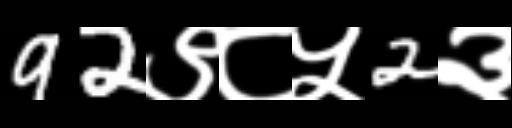
Text: 92९८५2३